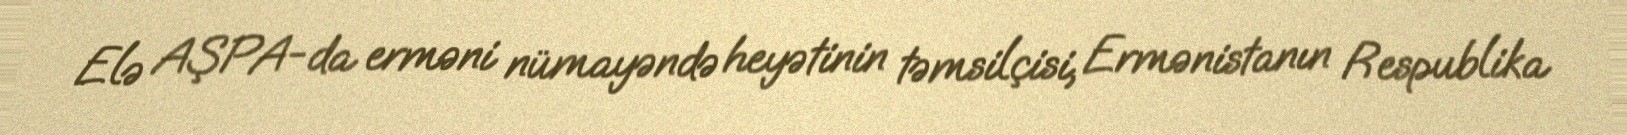
Elə AŞPA-da erməni nümayəndə heyətinin təmsilçisi, Ermənistanın Respublika